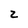
Character: 2